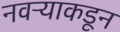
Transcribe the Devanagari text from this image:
नवऱ्याकडून